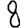
Digit: 8